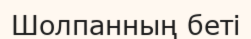
Шолпанның беті